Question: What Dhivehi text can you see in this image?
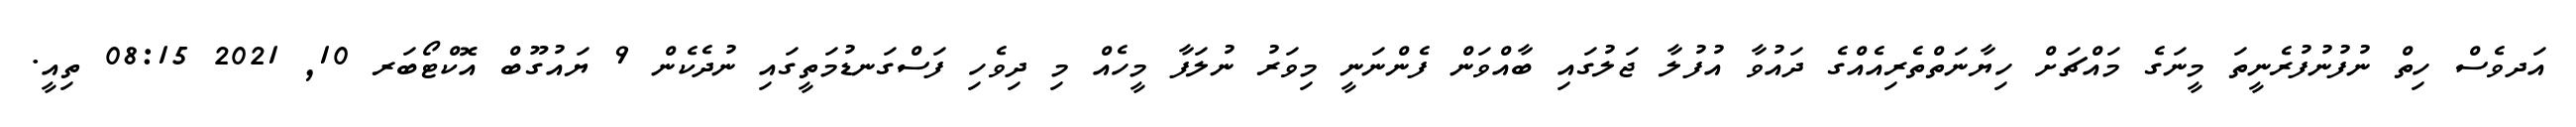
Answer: އަދވެސް ހިތް ނުފުނުފުރެނީތަ މީނަގެ މައްޗަށް ހިޔާނަތްތެރިއެއްގެ ދައުވާ އުފުލާ ޖަލުގައި ބާއްވަން ފެންނަނީ މިވަރު ނުލަފާ މީހެއް މި ދިވެހި ފަސްގަނޑުމަތީގައި ނުދެކެން 9 ޔައުގޫބް އޮކްޓޯބަރ 10, 2021 08:15 ތިއީ.